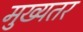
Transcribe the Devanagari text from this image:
मुख्यतर